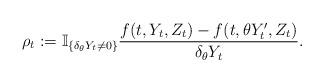
LaTeX: \begin{align*}\rho_t : = \mathbb{I}_{\{ \delta_\theta Y_t \neq 0\}} \frac{f(t, Y_t, Z_t)-f(t, \theta Y^\prime_t, Z_t)}{\delta_\theta Y_t} .\end{align*}